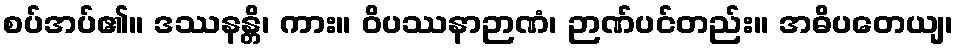
စပ်အပ်၏။ ဒဿနန္တိ၊ ကား။ ဝိပဿနာဉာဏံ၊ ဉာဏ်ပင်တည်း။ အဓိပတေယျ၊